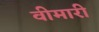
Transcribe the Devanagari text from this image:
वीमारी